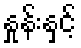
နှုန်းနှင့်